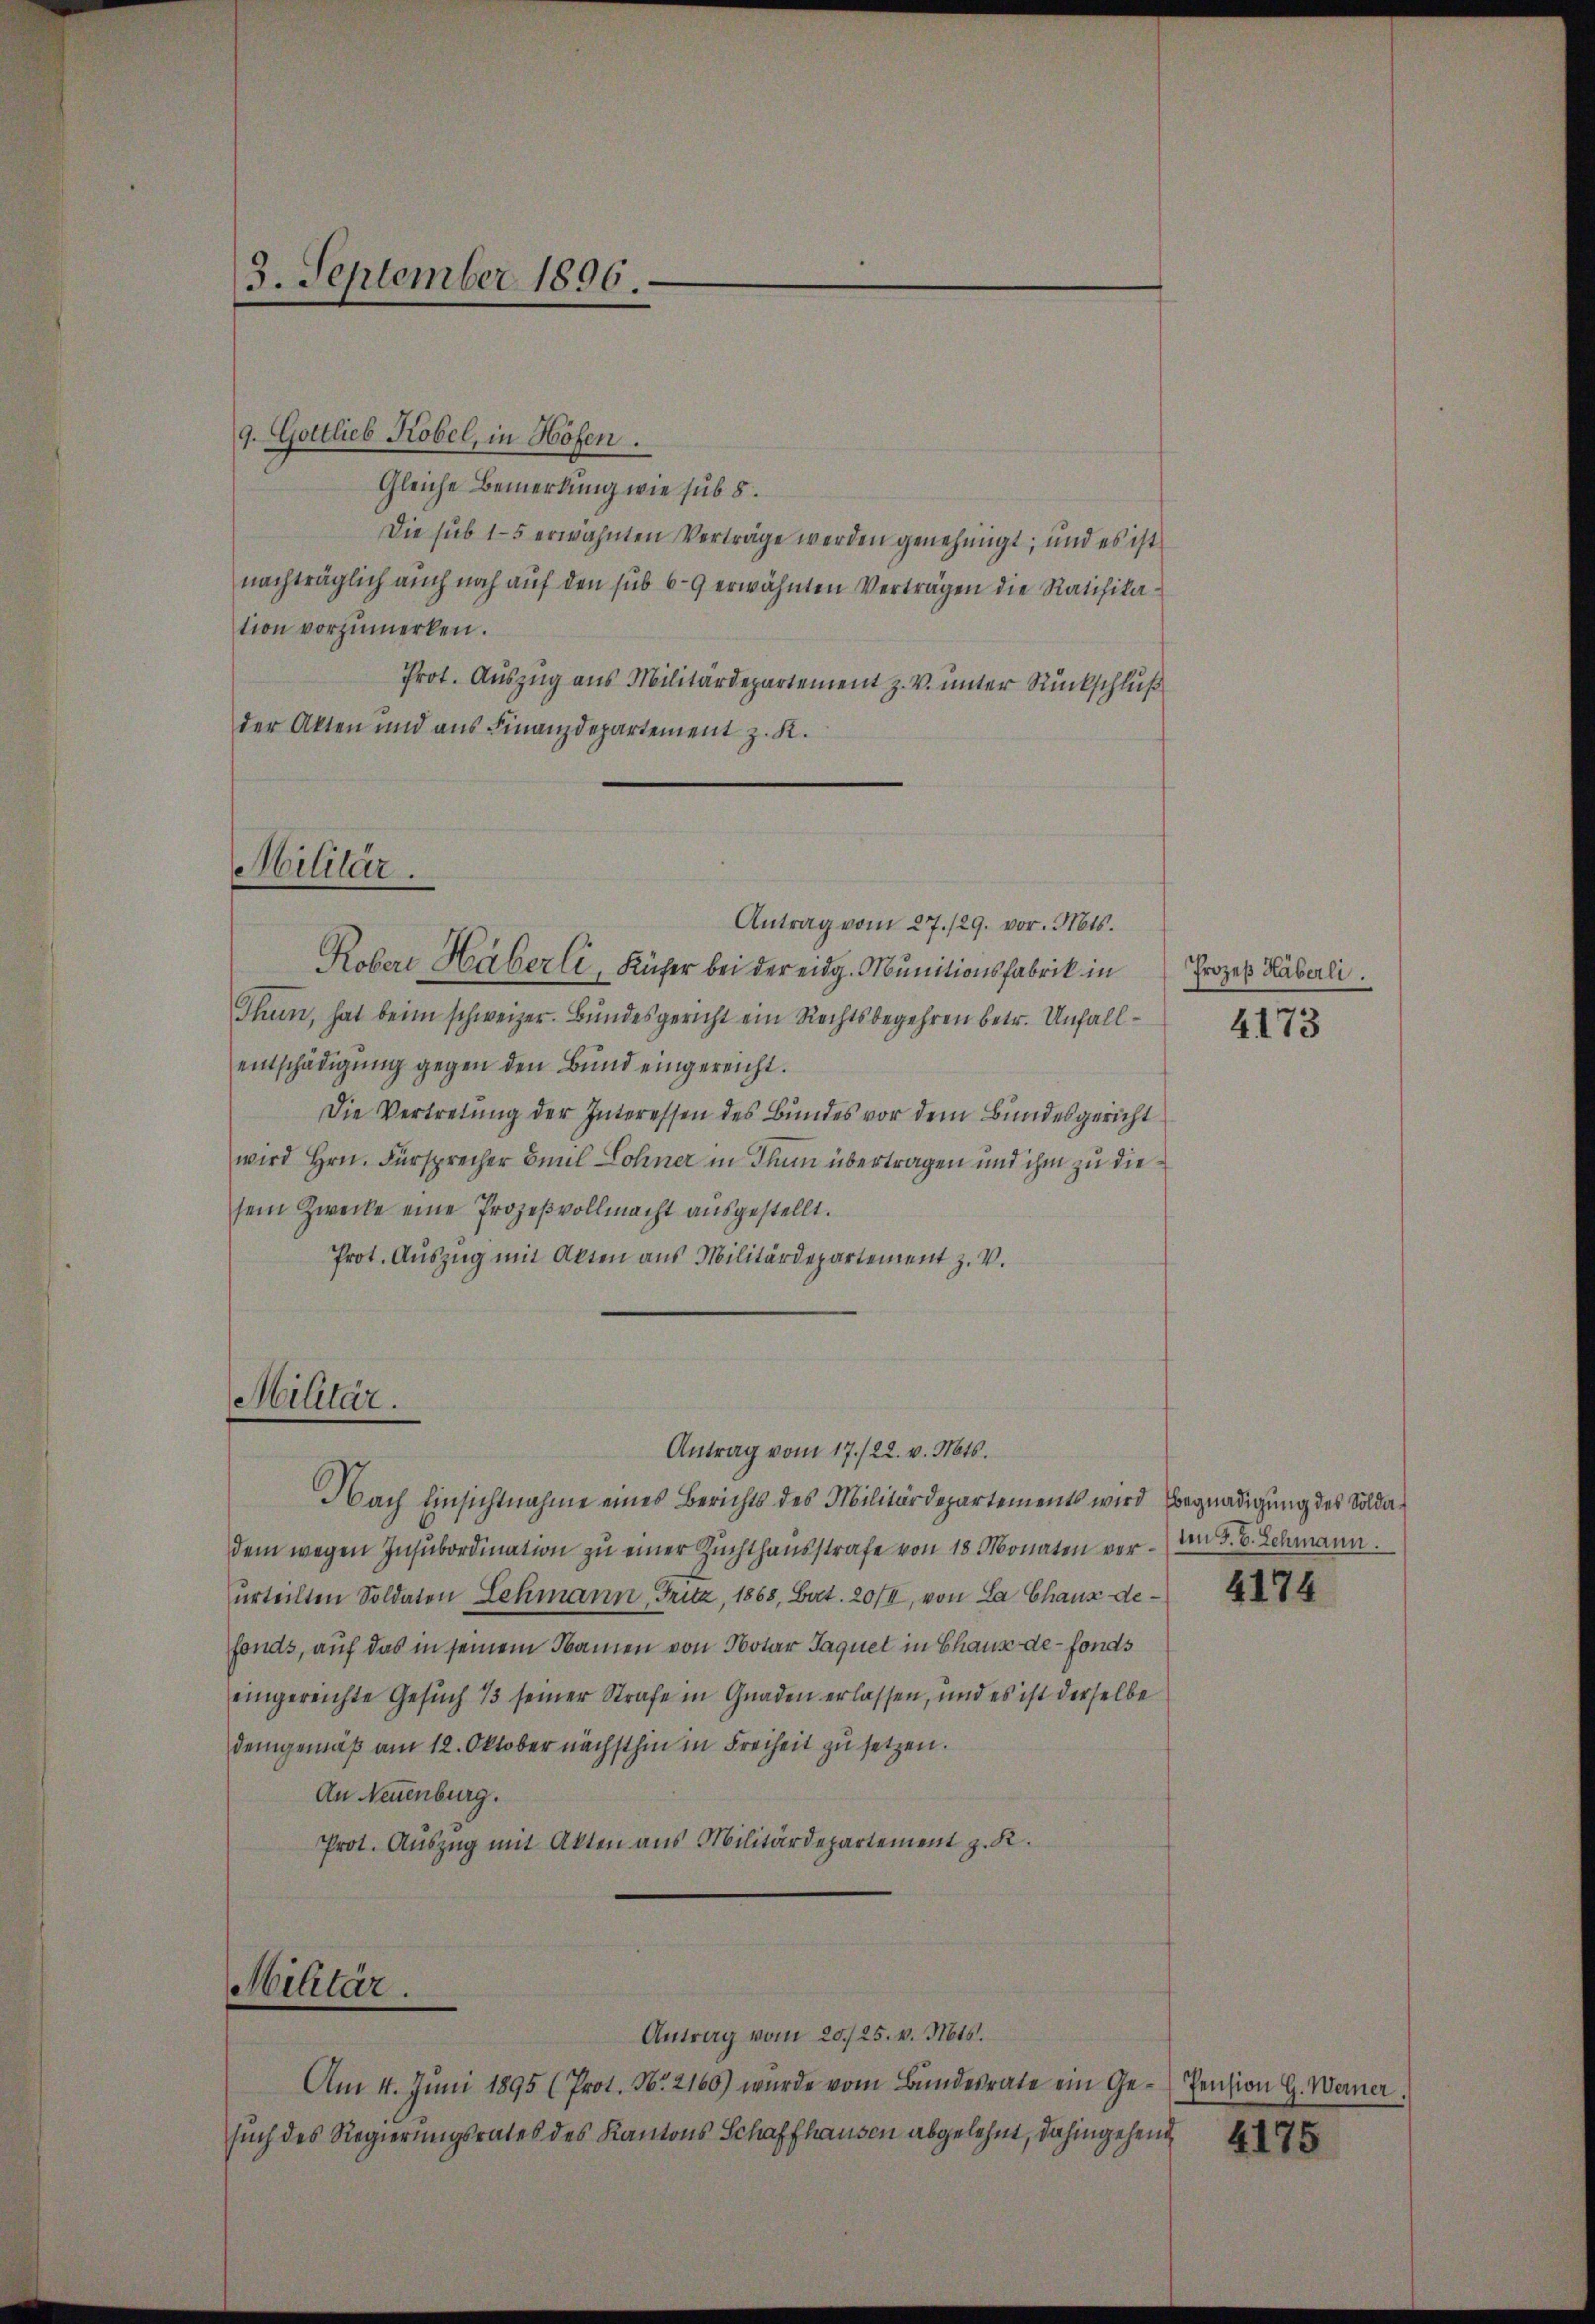
3. September 1896.

9. Gottlieb Kobel, in Höfen.
Gleiche Bemerkung wie sub 8.
Die sub 15 erwähnten Verträge werden genehmigt; und es ist
nachträglich auch noch auf den sub 6-9 erwähnten Verträgen die Ratifikation vorzumerken.
Prot. Auszug aus Militärdepartement z. v. unter Rückschluß
der Akten und aus Finanzdepartement z. K.

Militär.
Antrag vom 27./29. vor. Mts.

Kobere Häberli, Küher bei der eidg. Munitionsfabrik in Prozeß Räberli
Thun, hat beim schweizer. Bundesgericht ein Rechtsbegehren betr. Unfallentschädigŭng gegen den Bund eingereicht.
Die Vertretung der Interessen des Bundes vor dem Bundesgericht
wird Hrn. Fürsprecher Baul Lohner in Thun übertragen und ihm zu diesem Zwecke eine Prozeßvollmacht ausgestellt.
Prot. Auszug mit Akten aus Militärdepartement z. V.

Militär.

Militär.

Nach Einsichtnahme eines Berichts des Militärdepartements wird Begnadigung des Soldadem wegen Insubordination zu einer Zuchthausstrafe von 18 Monaten verŭrteilten Soldaten Lehmann, Fritz, 1868, Bat. 20/I, von La Chaux defonds, auf das in seinem Namen von Notar Jaquet in Chaus de fonds
eingereichte Gesuch 13 seiner Strafe in Gnaden erlassen, und es ist derselbe
demgemäß am 12. Oktober nächsthin in Freiheit zu setzen.
An Neuenburg.
Prot. Auszug mit Akten aus Militärdepartement z. K.

Antrag vom 17./22. v. Mts.

Antrag vom 20./25. v. Mts.
Am 4. Jŭni 1895 (Prot. N. 2160) wurde vom Bŭndesrate ein Ge-Pension G. Werner
such des Regierungsrates des Kantons Schaffhausen abgelehnt, dahingehend

4173

ten S. 6. Schmann.

4174

4175